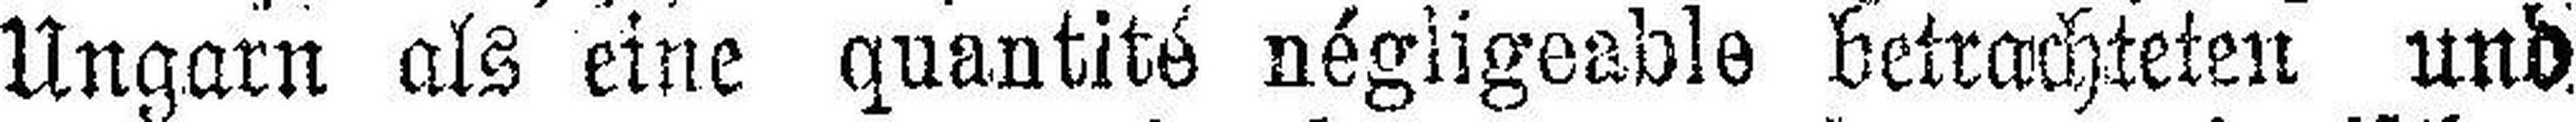
Ungarn als eine quantité négligeable betrachteten und